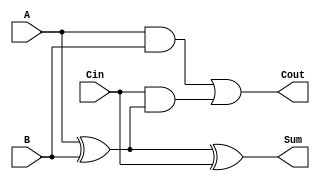
module async_full_adder (
    input wire A,    // First binary input
    input wire B,    // Second binary input
    input wire Cin,  // Carry-in input
    output wire Sum, // Sum output
    output wire Cout // Carry-out output
);

// Logic for Sum output
assign Sum = A ^ B ^ Cin;

// Logic for Cout output
assign Cout = (A & B) | (Cin & (A ^ B));

endmodule